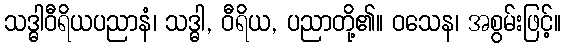
သဒ္ဓါဝီရိယပညာနံ၊ သဒ္ဓါ, ဝီရိယ, ပညာတို့၏။ ဝသေန၊ အစွမ်းဖြင့်။